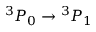
{ } ^ { 3 } P _ { 0 } \rightarrow { } ^ { 3 } P _ { 1 }